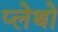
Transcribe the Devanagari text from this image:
प्लेथो